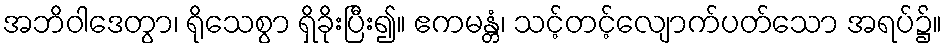
အဘိဝါဒေတွာ၊ ရိုသေစွာ ရှိခိုးပြီး၍။ ဧကမန္တံ၊ သင့်တင့်လျောက်ပတ်သော အရပ်၌။